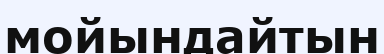
мойындайтын